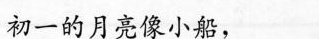
初一的月亮像小船，